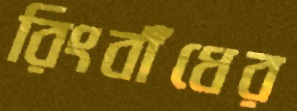
রিংবাঁধের